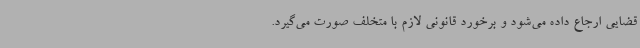
قضایی ارجاع داده می‌شود و برخورد قانونی لازم با متخلف صورت می‌گیرد.